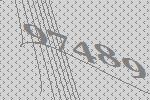
97489